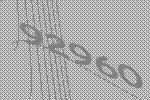
92960